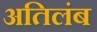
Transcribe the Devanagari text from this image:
अतिलंब